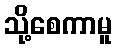
သို့စေကာမူ